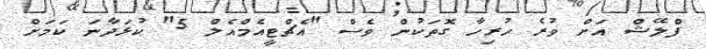
ފްލޭޝް އަށް ވުރެ ހުރިހާ ގޮތަކުން ވެސް "އެޗްޓީއެމްއެލް 5" ކުޅަދާނަ ކަމަށް